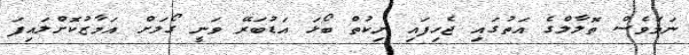
ނަމަވެސް ތޮލާލްގެ އަތުގައި ޖެހިފައި ނިކުތް ބޯޅަ އަޑުބަރޭ ވަނީ ގޯލަށް އަމާޒުކޮށްލައިފަ